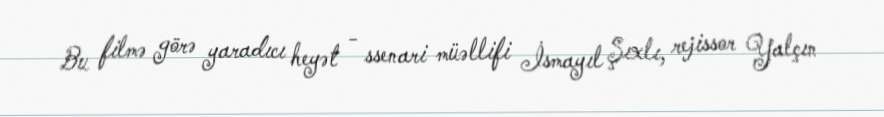
Bu filmə görə yaradıcı heyət - ssenari müəllifi İsmayıl Şıxlı, rejissor Yalçın